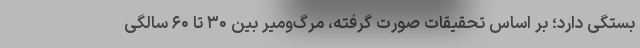
بستگی دارد؛ بر اساس تحقیقات صورت گرفته، مرگ‌ومیر بین ۳۰ تا ۶۰ سالگی